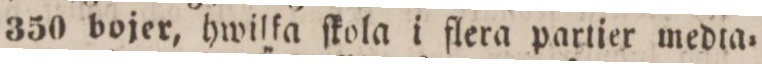
350 bojer, hwilka ſkola i flera partier medta=